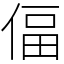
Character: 偪